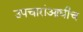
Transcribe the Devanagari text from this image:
उपचारांआधीच